Report on the Civil Veterinary Department, Eastern Bengal and Assam - 1907-1911
Year: 1907
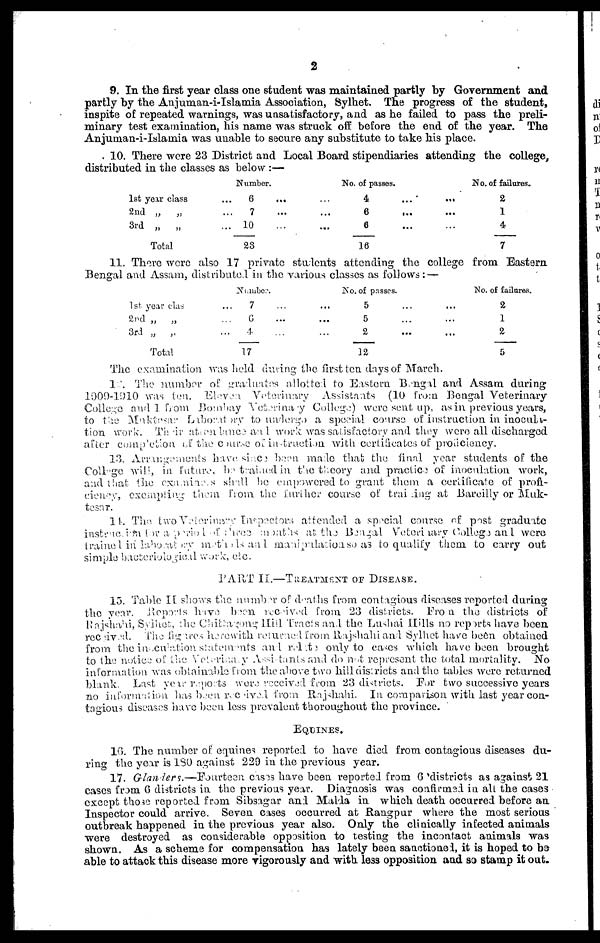
2
9. In the first year class one student was maintained partly by Government and
partly by the Anjuman-i-Islamia Association Sylhet. The progress of the student,
inspite of repeated warnings, was unsatisfactory, and as he failed to pass the preli-
minary test examination, his name was struck off before the end of the year. The
Anjuman-i-Islamia was unable to secure any substitute to take his place.
10. There were 23 District and Local Board stipendiaries attending the college,
distributed in the classes as below:—
1st year class ...
2nd „
„ ...
3rd „
„ ...
Total
Number.
6 ... ...
7 ... ...
10 ... ...
23
No. of passes.
4 ... ...
6 ... ...
6 ... ...
16
No. of failures.
2
1
4
7
11. There were also 17 private students attending the college from Eastern
Bengal and Assam, distributed in the various classes as follows:—
1st year class ...
2nd „
„ ...
3rd „ „ ...
Total
Number.
7 ...
6 ...
4 ...
17
No. of passes.
5 ...
5 ...
2 ...
12
No. of failures.
2 ...
1 ...
2 ...
5
The examination was hold during the first ten days of March.
12. The number of graduates allotted to Eastern Bengal and Assam during
1009-1910 was ten. Eleven Veterinary Assistants (10 from Bengal Veterinary
College and 1 from Bombay Veterinary College) were sent up, as in previous years,
to the Muktesar Laboratory to undergo a special course of instruction in inocula-
tion work. Their attendance and work was satisfactory and they were all discharged
after completion of the course of instruction with certificates of proficiency.
13. Arrangements have since been made that the final year students of the
Collge will, in future, be trained in the theory and practice of inoculation work,
and that the examines shall be empowered to grant them a certificate of profi-
ciency, exempting them from the further course of training at Bareilly or Muk-
tesar.
14. The. two Veterinary Inspectors attended a special course of post graduate
instruction. for a period of three months at the Bengal Veterinary College and were
trained in laho at my mentals and manipulation so as to qualify thorn to carry out
simple bacteriological work, etc.
PART II.—TREATMENT OF DISEASE.
15. Table II shows the number of deaths from contagious diseases reported during
the year. Reports have been received from 23 districts. From the districts of
Rajshahi, Sylhet, the Chitiagong Hill Tracts and the Lushai Hills no reports have been
received. The figares herewith returned from Rajshahi and Sylhet have been obtained
from the inoculation statements and relate only to cases which have been brought
to the notice of the Veterinary Assistants and do not represent the total mortality. No
information was obtainable from the above two hill districts and the tables were returned
blank. Last your reports were received from 23 districts. For two successive years
no information has been received from Rajshahi. In comparison with last year con-
tagious diseases have been less prevalent thoroughout the province.
EQUINES.
10. The number of equines reported to have died from contagious diseases du-
ring the year is 180 against 229 in the previous year.
17. Glanders.— Fourteen cases have been reported from 6 districts as against 21
cases from 6 districts in the previous year. Diagnosis was confirmed in all the eases
except those reported from Sibsagar and Malda in which death occurred before an
Inspector could arrive. Seven cases occurred at Rangpur where the most serious
outbreak happened in the previous year also. Only the clinically infected animals
were destroyed as considerable opposition to testing the incontact animals was
shown. As a scheme for compensation has lately been sanctioned, it is hoped to be
able to attack this disease more rigorously and with less opposition and so stamp it out.